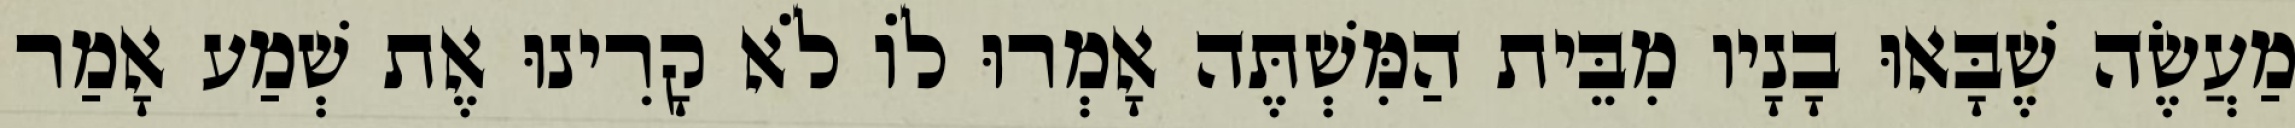
מַעֲשֶׂה שֶׁבָּאוּ בָנָיו מִבֵּית הַמִּשְׁתֶּה אָמְרוּ לוֹ לֹא קָרִינוּ אֶת שְׁמַע אָמַר